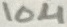
Text: 10µ